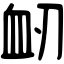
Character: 衂